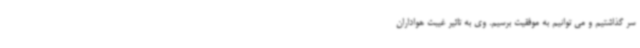
سر گذاشتیم و می توانیم به موفقیت برسیم. وی به تاثیر غیبت هواداران